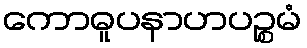
ကောဓူပနာဟပဉ္စမံ